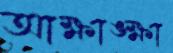
আক্ষাঙ্ক্ষা